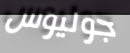
جوليوس